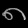
Digit: ၈